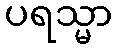
ပရသ္မာ